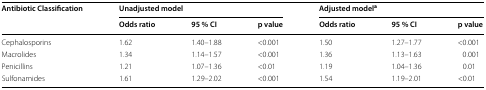
<table><thead><tr><td rowspan="2"><b>Antibiotic Classification</b></td><td colspan="3"><b>Unadjusted model</b></td><td colspan="3"><b>Adjusted model<sup>a</sup></b></td></tr><tr><td><b>Odds ratio</b></td><td><b>95 % CI</b></td><td><b>p value</b></td><td><b>Odds ratio</b></td><td><b>95 % CI</b></td><td><b>p value</b></td></tr></thead><tbody><tr><td>Cephalosporins</td><td>1.62</td><td>1.40–1.88</td><td>&lt;0.001</td><td>1.50</td><td>1.27–1.77</td><td>&lt;0.001</td></tr><tr><td>Macrolides</td><td>1.34</td><td>1.14–1.57</td><td>&lt;0.001</td><td>1.36</td><td>1.13–1.63</td><td>0.001</td></tr><tr><td>Penicillins</td><td>1.21</td><td>1.07–1.36</td><td>&lt;0.01</td><td>1.19</td><td>1.04–1.36</td><td>0.01</td></tr><tr><td>Sulfonamides</td><td>1.61</td><td>1.29–2.02</td><td>&lt;0.001</td><td>1.54</td><td>1.19–2.01</td><td>&lt;0.01</td></tr></tbody></table>